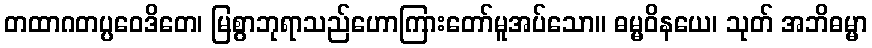
တထာဂတပ္ပဝေဒိတေ၊ မြစွာဘုရာသည်ဟောကြားတော်မူအပ်သော။ ဓမ္မဝိနယေ၊ သုတ် အဘိဓမ္မာ